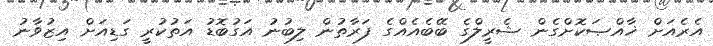
އެރެއަށް ޚާއްޞަކޮށްގެން ޝެރީލްގެ ބޭބެއެއްގެ ފަރާތުން ލިބުނު އަގުބޮޑު އަތުކުރީ ގަޑިއަށް އިޒުވާނު